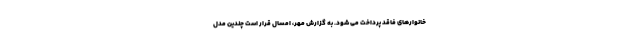
خانوارهای فاقد پرداخت می شود. به گزارش مهر، امسال قرار است چندین مدل